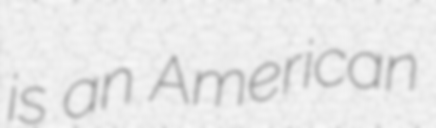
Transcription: is an American